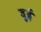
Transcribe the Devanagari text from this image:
वुई